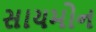
સાયમોન